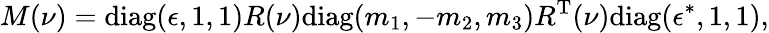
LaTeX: M(\nu)=\mathrm{diag}(\epsilon,1,1)R(\nu)\mathrm{diag}(m_{1},-m_{2},m_{3})R^{\mathrm{T}}(\nu)\mathrm{diag}(\epsilon^{*},1,1),